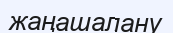
жаңашалану